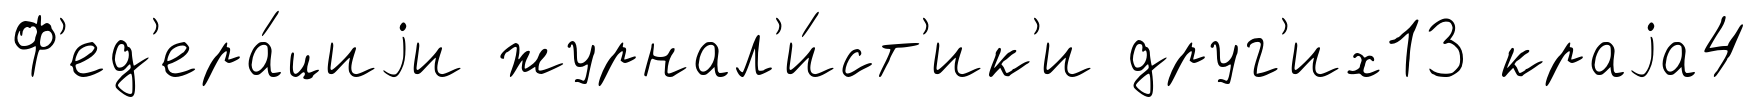
Ф'ед'ера́циjи журнал'и́ст'ик'и друг'их13 краjа4